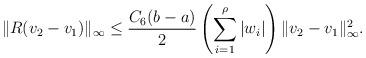
LaTeX: \begin{align*}\| R (v_2 - v_1) \|_\infty \leq \frac {C_{6} (b - a)} {2} \left ( \sum_{i=1}^\rho | w_i | \right ) \|v_2 - v_1\|_\infty^2.\end{align*}